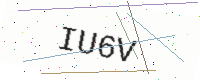
Text: IU6V